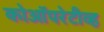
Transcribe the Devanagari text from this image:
कोऑपरेटीव्ह